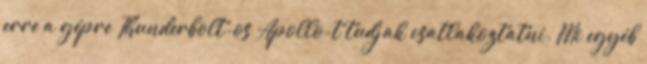
erre a gépre Thunderbolt-os Apollo-t tudjak csatlakoztatni. Mi egyéb